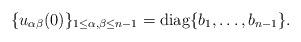
LaTeX: \begin{align*}\{u_{\alpha \beta} (0)\}_{1 \leq \alpha, \beta \leq n-1} = \mathrm{diag} \{b_1, \ldots, b_{n-1}\}.\end{align*}